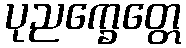
ပုညက္ခေတ္တေ